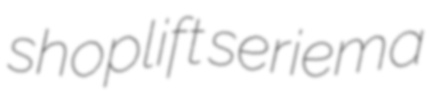
shoplift seriema